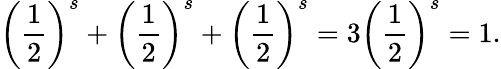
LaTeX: \left({\frac{1}{2}}\right)^{s}+\left({\frac{1}{2}}\right)^{s}+\left({\frac{1}{2}}\right)^{s}=3\left({\frac{1}{2}}\right)^{s}=1.